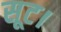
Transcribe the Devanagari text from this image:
सूट।